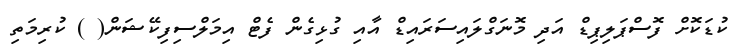
ކުޑަކޮށް ފޮސްޕަލިޕިޑް އަދި މޮނަގްލައިސަރައިޑް އާއި ގުޅިގެން ފެޓް އިމަލްސިފިކޭޝަން( ) ކުރިމަތި